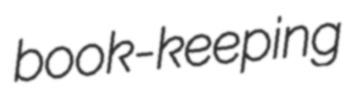
book-keeping